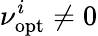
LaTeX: \nu_{\mathrm{opt}}^{i}\neq 0